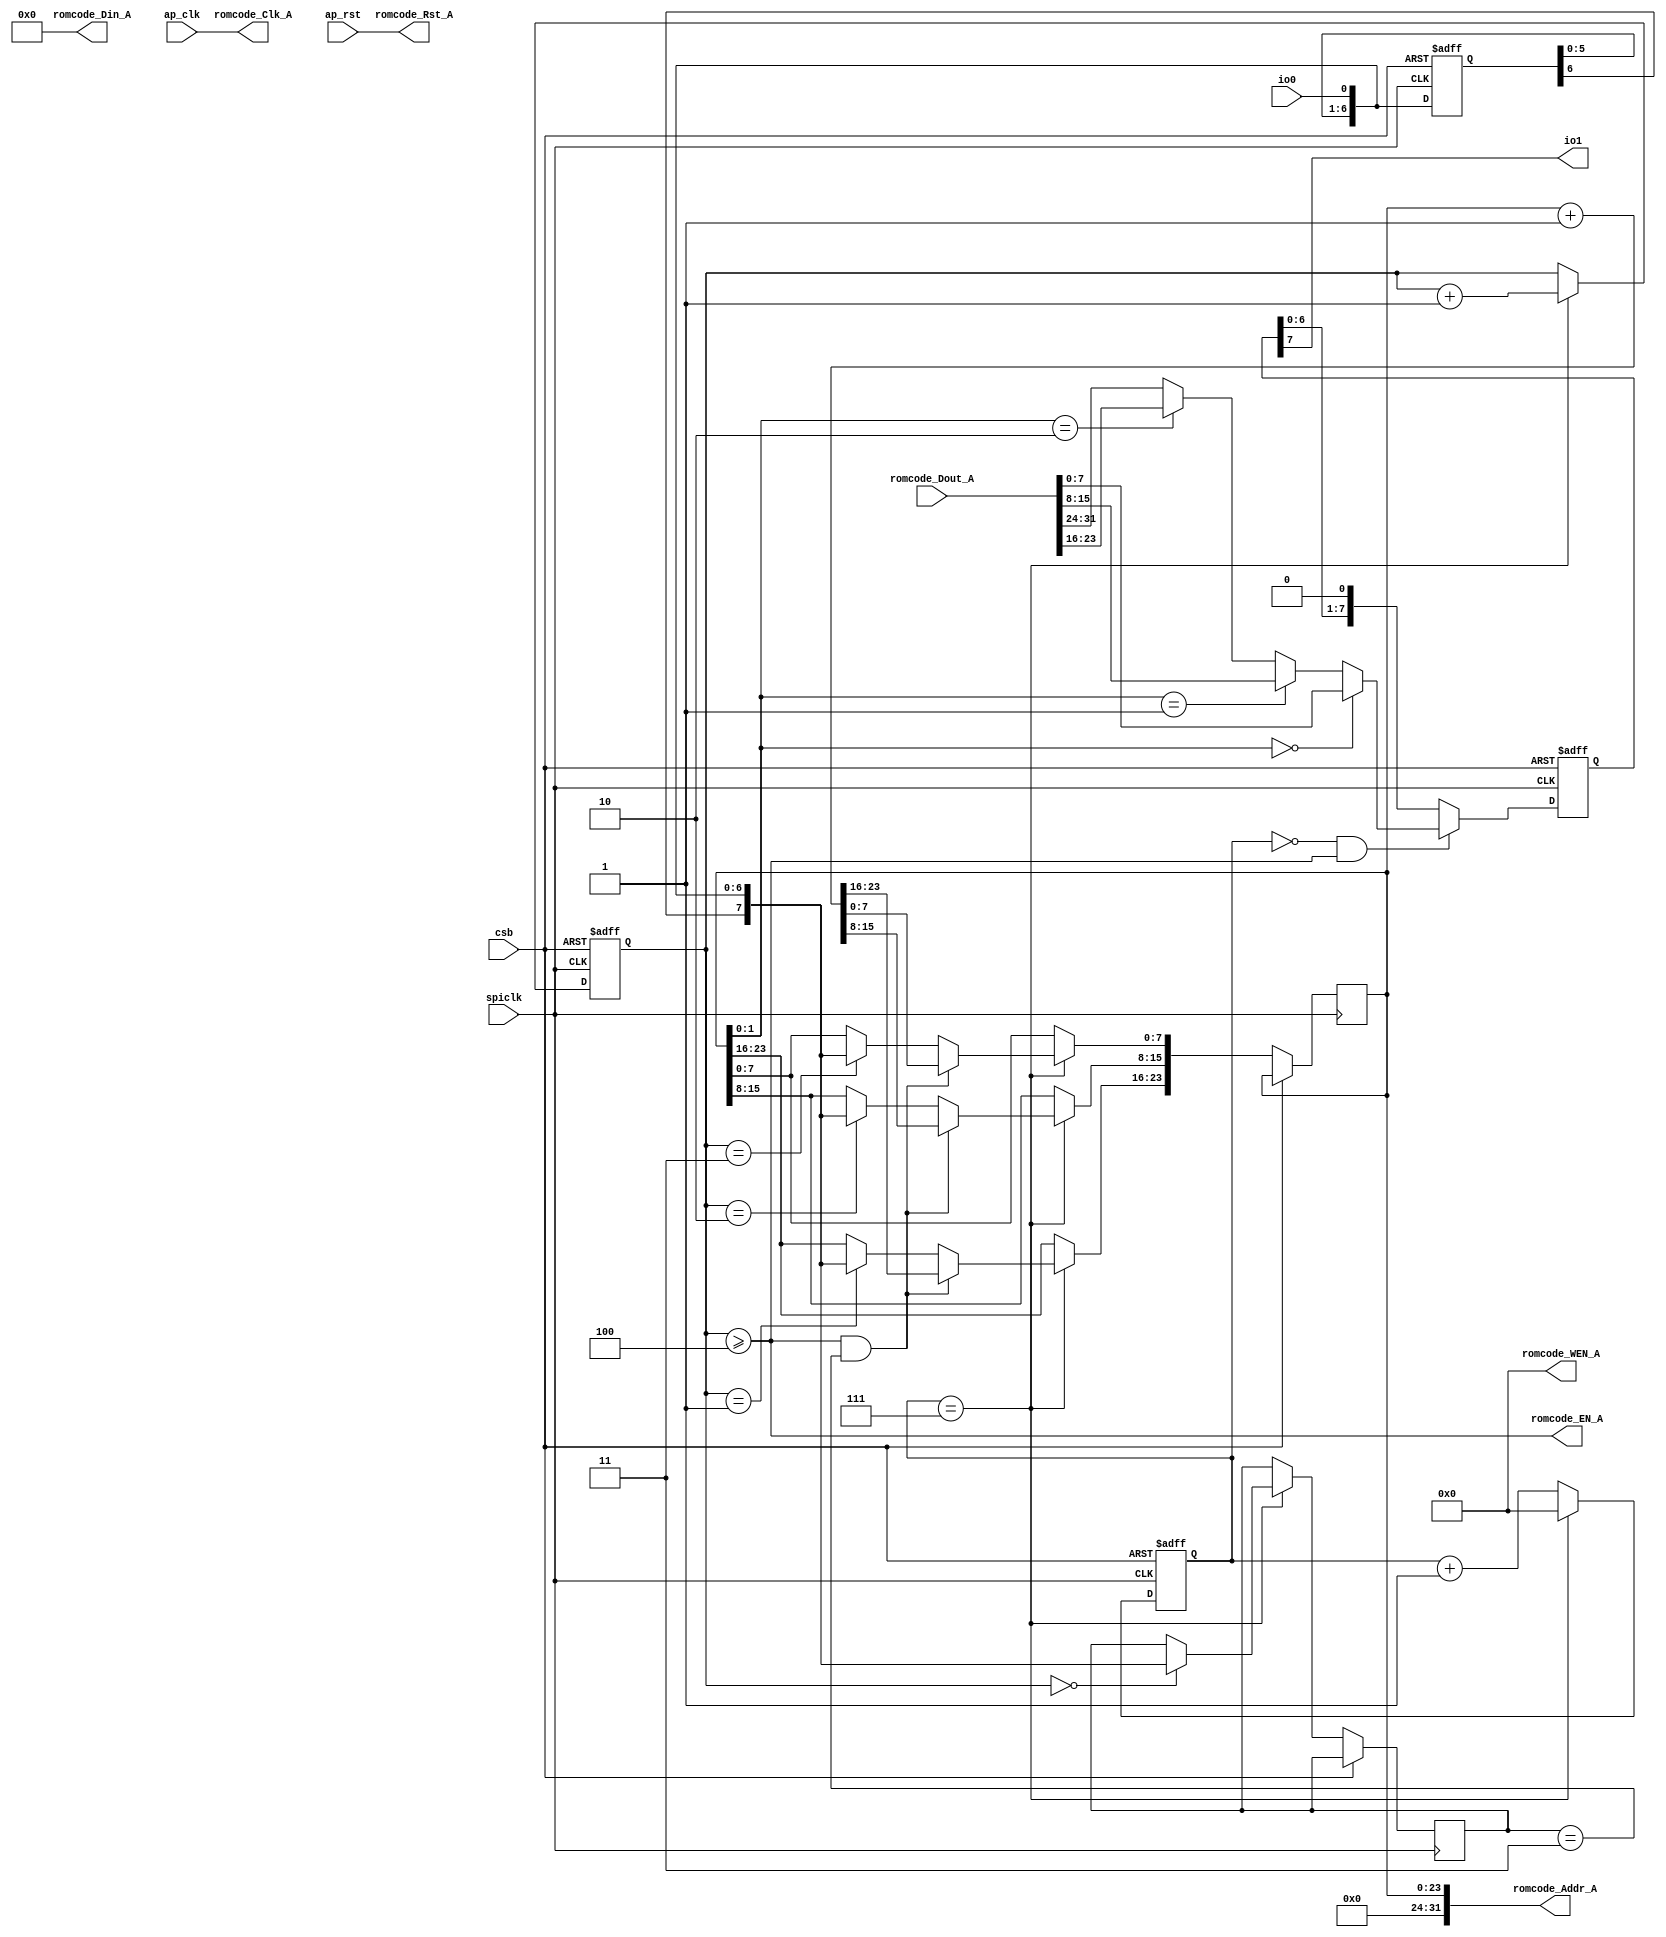
// ==============================================================
// spiflash.v - spiflash device design
// - only support READ command 03
// - External BRAM interface
// Implementation scheme
//   ap_clk runs at FPGA clock
// - spiclk is 1/4 of ap_clk
// - io0 is input and sampled at spiclk rising
// - io1 is output and output at spiclk falling
// 
// ===========================================================

//`timescale 1 ns / 1 ps 

module spiflash (
        ap_clk,
        ap_rst,
// BRAM Interface
        romcode_Addr_A,
        romcode_EN_A,
        romcode_WEN_A,
        romcode_Din_A,
        romcode_Dout_A,
        romcode_Clk_A,
        romcode_Rst_A,
// Spiflash Interface
        csb,
        spiclk,
        io0,
        io1
);

input   ap_clk;
input   ap_rst;
output  [31:0] romcode_Addr_A;
output   romcode_EN_A;
output  [3:0] romcode_WEN_A;
output  [31:0] romcode_Din_A;
input  [31:0] romcode_Dout_A;
output   romcode_Clk_A;
output   romcode_Rst_A;
input   csb;
input   spiclk;
input  [0:0] io0;
output   io1;

	reg [7:0] buffer;
	reg [3:0] bitcount = 0;
	reg [12:0] bytecount = 0;
    reg [7:0] outbuf;   // update at spiclk falling

	reg [7:0] spi_cmd;
	reg [23:0] spi_addr;

// io1 output
    // assign io1 = buffer[7];
    assign io1 = outbuf[7];

// BRAM Interface
   assign romcode_Addr_A = {8'b0, spi_addr};
   assign romcode_Din_A = 32'b0;
   assign romcode_EN_A = (bytecount >= 4);
   assign romcode_WEN_A = 4'b0;
   assign romcode_Clk_A = ap_clk;
   assign romcode_Rst_A = ap_rst;

	// 16 MB (128Mb) Flash
    // 	reg [7:0] memory [0:16*1024*1024-1];
    wire [7:0] memory;
    assign memory = (spi_addr[1:0] == 2'b00) ? romcode_Dout_A[7:0] :
                    (spi_addr[1:0] == 2'b01) ? romcode_Dout_A[15:8] :
                    (spi_addr[1:0] == 2'b10) ? romcode_Dout_A[23:16] :
                                          romcode_Dout_A[31:24] ;

	task spi_action;
		begin

			if (bytecount == 0) begin
				spi_cmd <= buffer;
			end

			if (spi_cmd == 'h 03) begin     // only support READ 03
				if (bytecount == 2)
					spi_addr[23:16] <= buffer;

				if (bytecount == 3)
					spi_addr[15:8] <= buffer;

				if (bytecount == 4)
					spi_addr[7:0] <= buffer;

				if (bytecount >= 4) begin
					buffer <= memory;
					spi_addr <= spi_addr + 1;
				end
			end
		end
	endtask


    // use another shift buffer for output
    // use falling spiclk
    always @(negedge spiclk or posedge csb) begin
        if(csb) begin
            outbuf <= 0;
        end else begin
            outbuf <= {outbuf[6:0],1'b0};
            if(bitcount == 0 && bytecount >= 4) begin
                outbuf <= memory;
             end
        end
    end
    
    wire [7:0] buffer_next = {buffer[6:0], io0};

	always @(posedge spiclk or posedge csb) begin   // csb deassert -> reset internal states
		if (csb) begin
			buffer <= 0;
			bitcount <= 0;
			bytecount <= 0;
        end else begin              // csb active -> count bit, byte
			buffer <= buffer_next;
			bitcount <= bitcount + 1;
			if (bitcount == 7) begin
				bitcount <= 0;
				bytecount <= bytecount + 1;
				// spi_action;
                if(bytecount == 0)  spi_cmd <= buffer_next;      // command
                if(bytecount == 1)  spi_addr[23:16] <= buffer_next;
                if(bytecount == 2)  spi_addr[15:8] <= buffer_next;
                if(bytecount == 3)  spi_addr[7:0] <= buffer_next;

                if(bytecount >= 4 && spi_cmd == 'h03)  begin
                    // buffer <= memory;
                    spi_addr <= spi_addr + 1;
                end
            end
		end
	end

    
endmodule